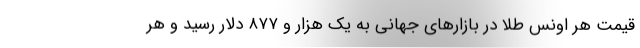
قیمت هر اونس طلا در بازار‌های جهانی به یک هزار و ۸۷۷ دلار رسید و هر